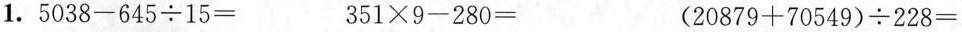
$$ 1 . 5 0 3 8 - 6 4 5 ÷ 1 5 =$$ $$3 5 1 × 9 - 2 8 0 =$$ $$( 2 0 8 7 9 + 7 0 5 4 9 ) ÷ 2 2 8 =$$